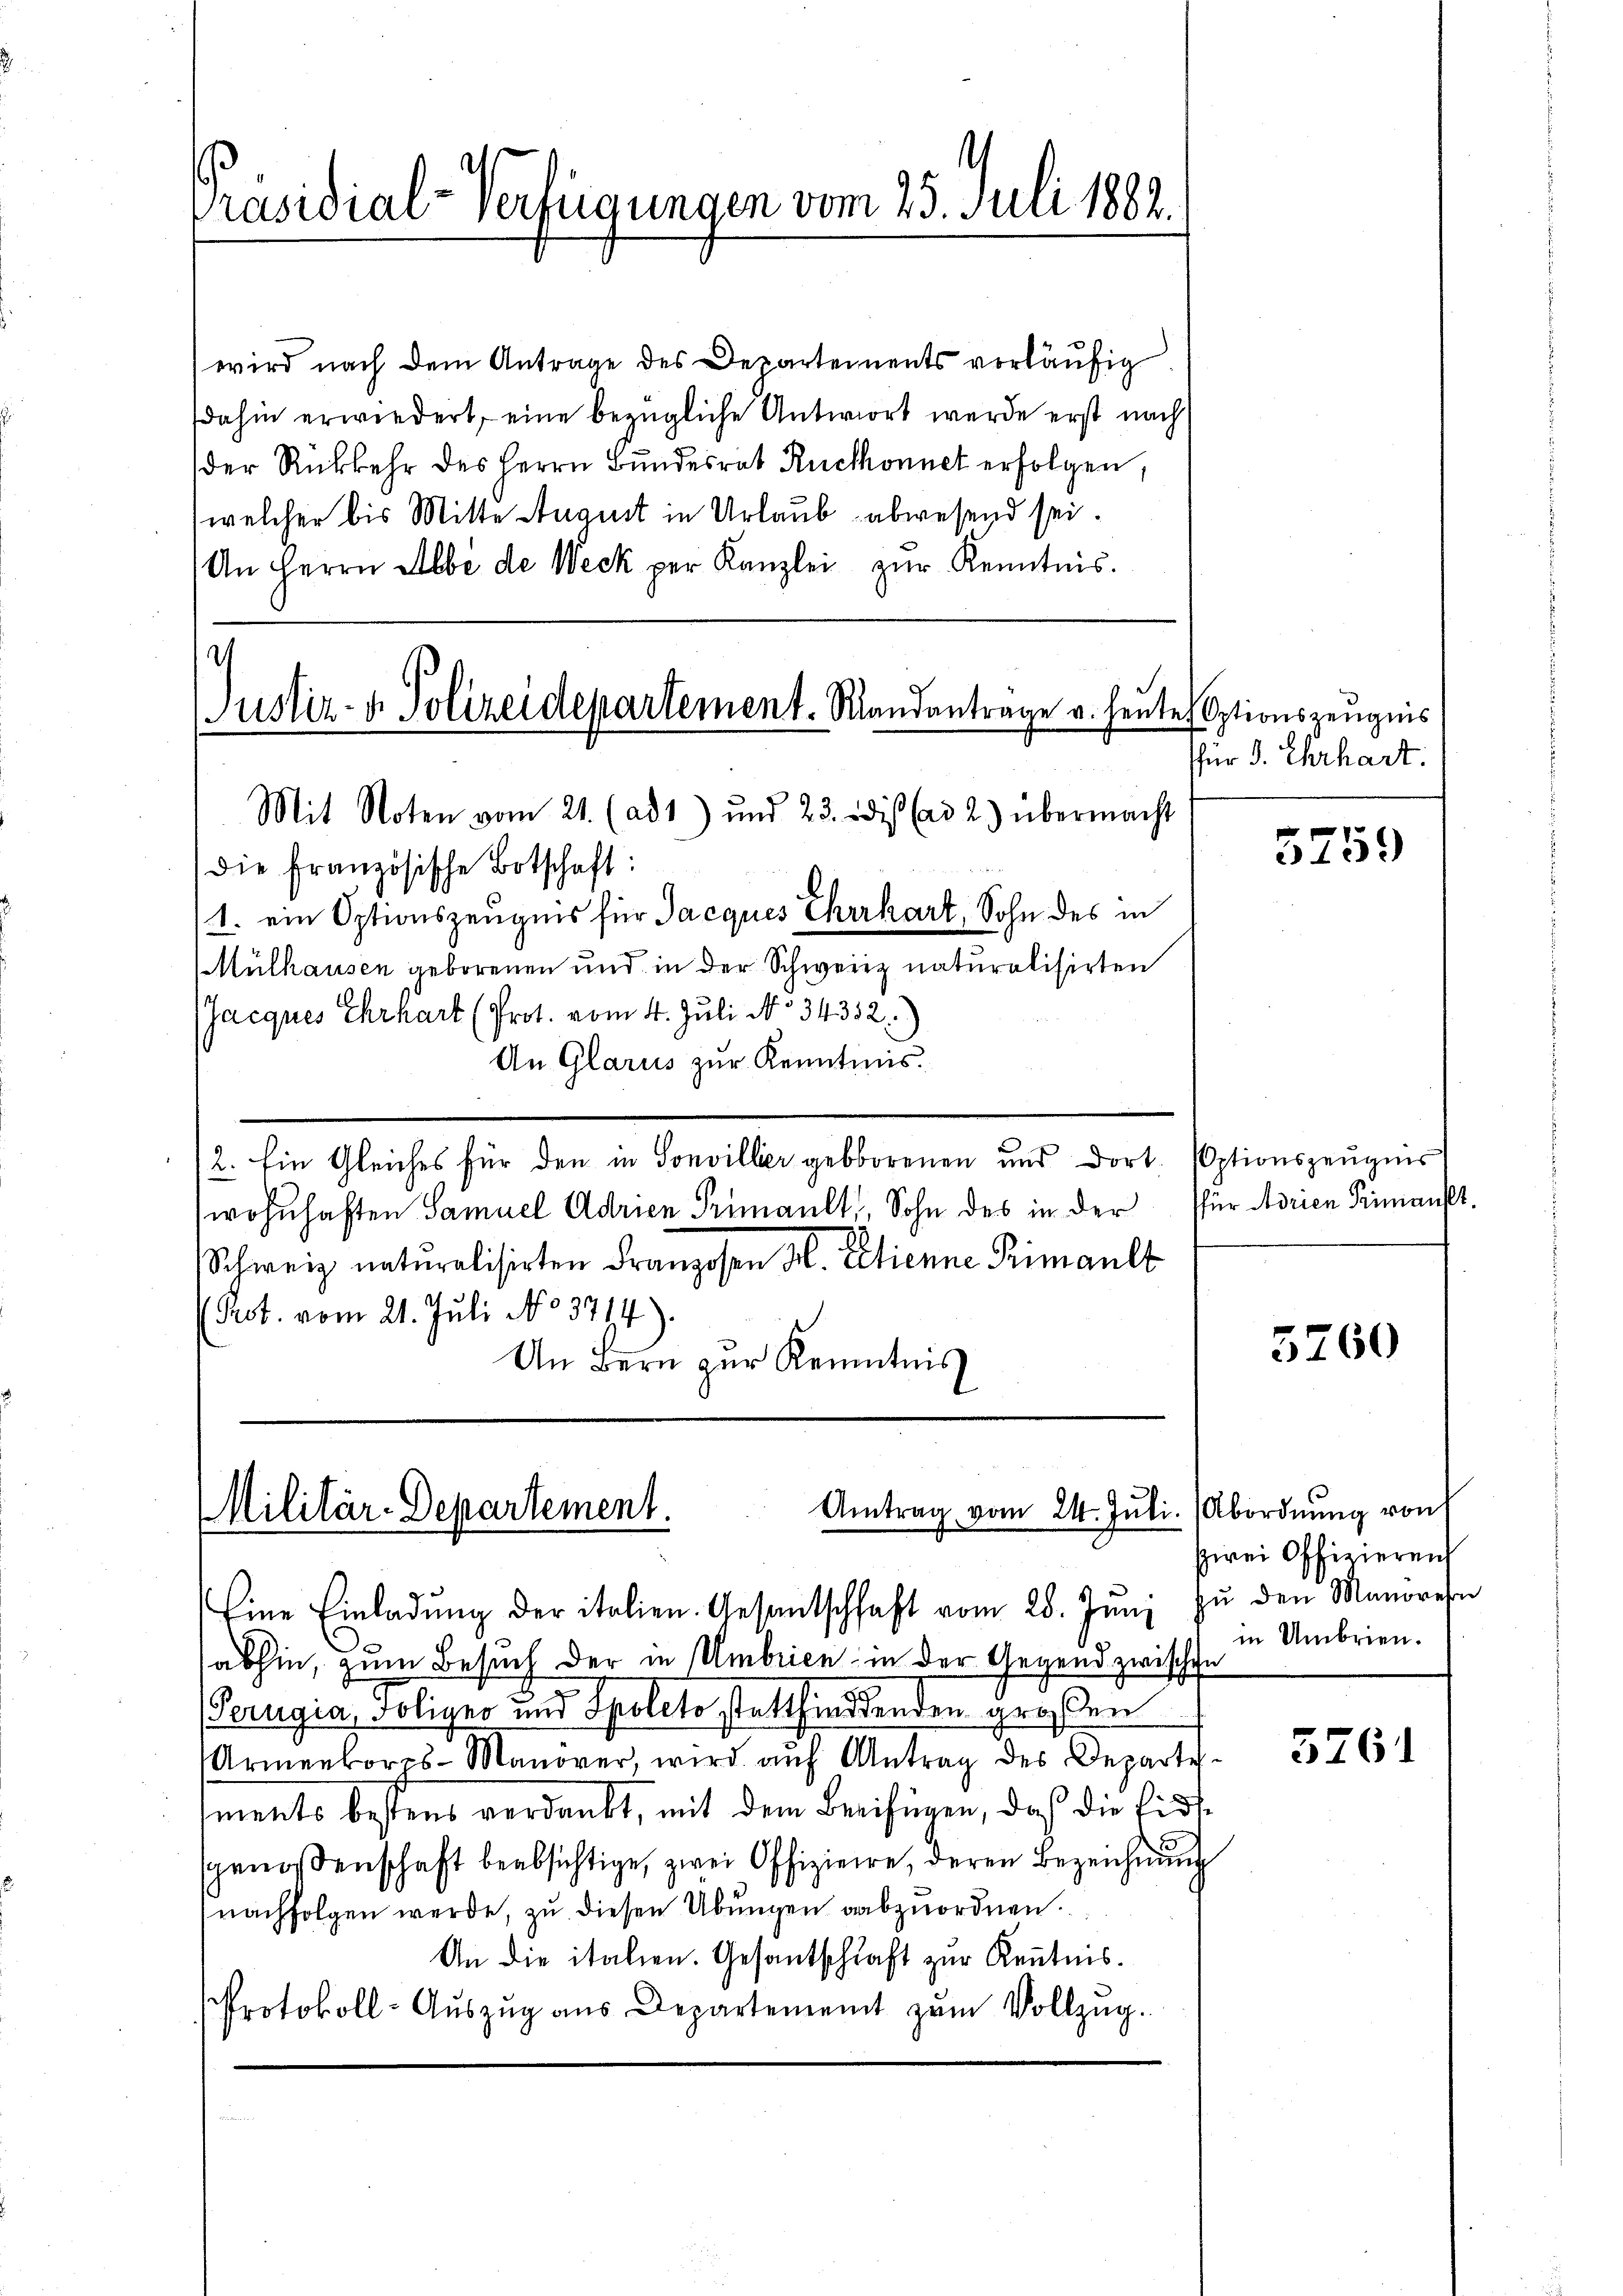
Präsidial-Verfügungen vom 25. Juli 1882.

wird nach dem Antrage des Departements vorläufig
dahin erwiedert, eine bezügliche Antwort werde erst nach
der Rückkehr des Herrn Bundesrat Ruchonnet erfolgen,
welcher bis Mitte August in Urlaub abwesend sei.
An Herrn Albe de Weck per Kanzlei zŭr Kenntnis.

1
Justiz- & Polizeidepartement. Standantrage v. heute Optionszeugnis
Mit Noten vom 21. (ad 1) und 23. dis (ad 2) übermacht

die Französische Botschaft:
1. ein Optionszeugnis für Jacques Ehrhart, Sohn des in
Mülhausen geborenen und in der Schweiz naturalisirten
(Jacques Ehrhart (Prot. vom 4. Juli N. 34332.)
An Glarus zur Kenntnis.
2. Ein Gleiches für den in Sonviller geborenen und dort. (Optionszeugnis
wohnhaften Samuel Adrien Primault, Sohn des in der für Adrien Primanst
Schweiz naturalisirten Franzosen H. Etienne Primault
Pect. vom 21. Juli No 3714).
An Bern zur Kenntnis

Antrag vom 24. Juli. (Abordnung von
Militär-Departement.
Eine Einladŭng der italien. Gesantschhaft vom 28. Jŭni zŭ den Manoren

abhin, zum Besuch der in Umbrien in der Gegend zwischen
Perugia, Toligno und Spolito stattfindenden großen
Armenkorps-Manover, wird aŭf Antrag des Departe
ments bestens verdankt, mit dem Beifügen, daß die Eidsgenossenschaft beabsichtige, zwei Offiziere, deren Bezeichnung
(nachfolgen werde, zu diesen Übungen abzuordnen.
An die italien. Gesantschaft zur Kenntnis.
Protokoll-Auszug aus Departement zŭm Vollzug.

für d. Ehrhart.

5759

5260

zwei Offizierent
in Umbrien.

5761